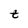
Character: t